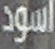
اسود